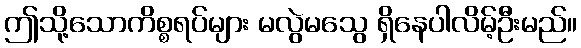
ဤသို့သောကိစ္စရပ်များ မလွဲမသွေ ရှိနေပါလိမ့်ဦးမည်။